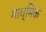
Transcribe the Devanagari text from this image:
माध्मिक